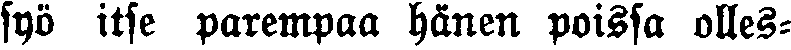
syö itse parempaa hänen poissa olles-